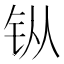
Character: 𫓩